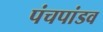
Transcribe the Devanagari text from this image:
पंचपांडव